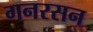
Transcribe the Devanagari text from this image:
गनरसन